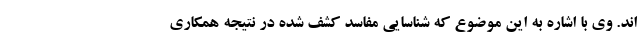
اند. وی با اشاره به این موضوع که شناسایی مفاسد کشف شده در نتیجه همکاری